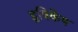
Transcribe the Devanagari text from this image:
हृषिकेष